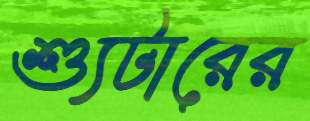
শ্যুটারের